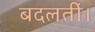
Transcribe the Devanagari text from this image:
बदलतीं।